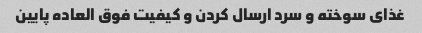
غذای سوخته و سرد ارسال کردن و کیفیت فوق العاده پایین